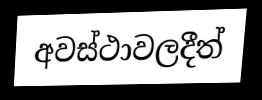
අවස්ථාවලදීත්